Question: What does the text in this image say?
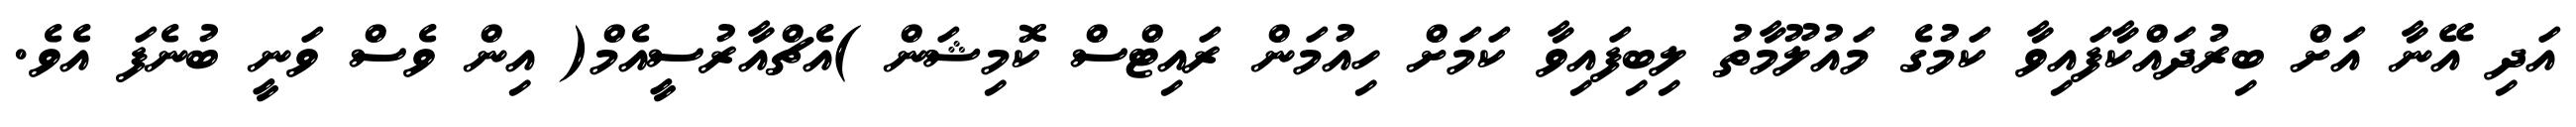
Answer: އަދި އޭނާ އަށް ބިރުދައްކާފައިވާ ކަމުގެ މައުލޫމާތު ލިބިފައިވާ ކަމަށް ހިއުމަން ރައިޓްސް ކޮމިޝަން )އެޗްއާރުސީއެމް( އިން ވެސް ވަނީ ބުނެފަ އެވެ.